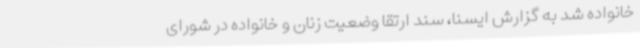
خانواده شد به گزارش ایسنا، سند ارتقا وضعیت زنان و خانواده در شورای